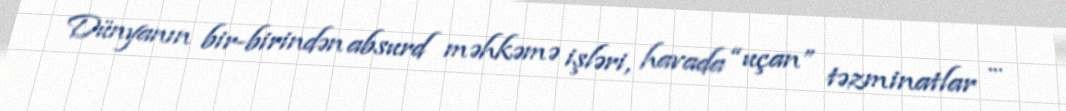
Dünyanın bir-birindən absurd məhkəmə işləri, havada “uçan” təzminatlar ...